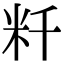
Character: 粁